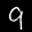
Label: 9